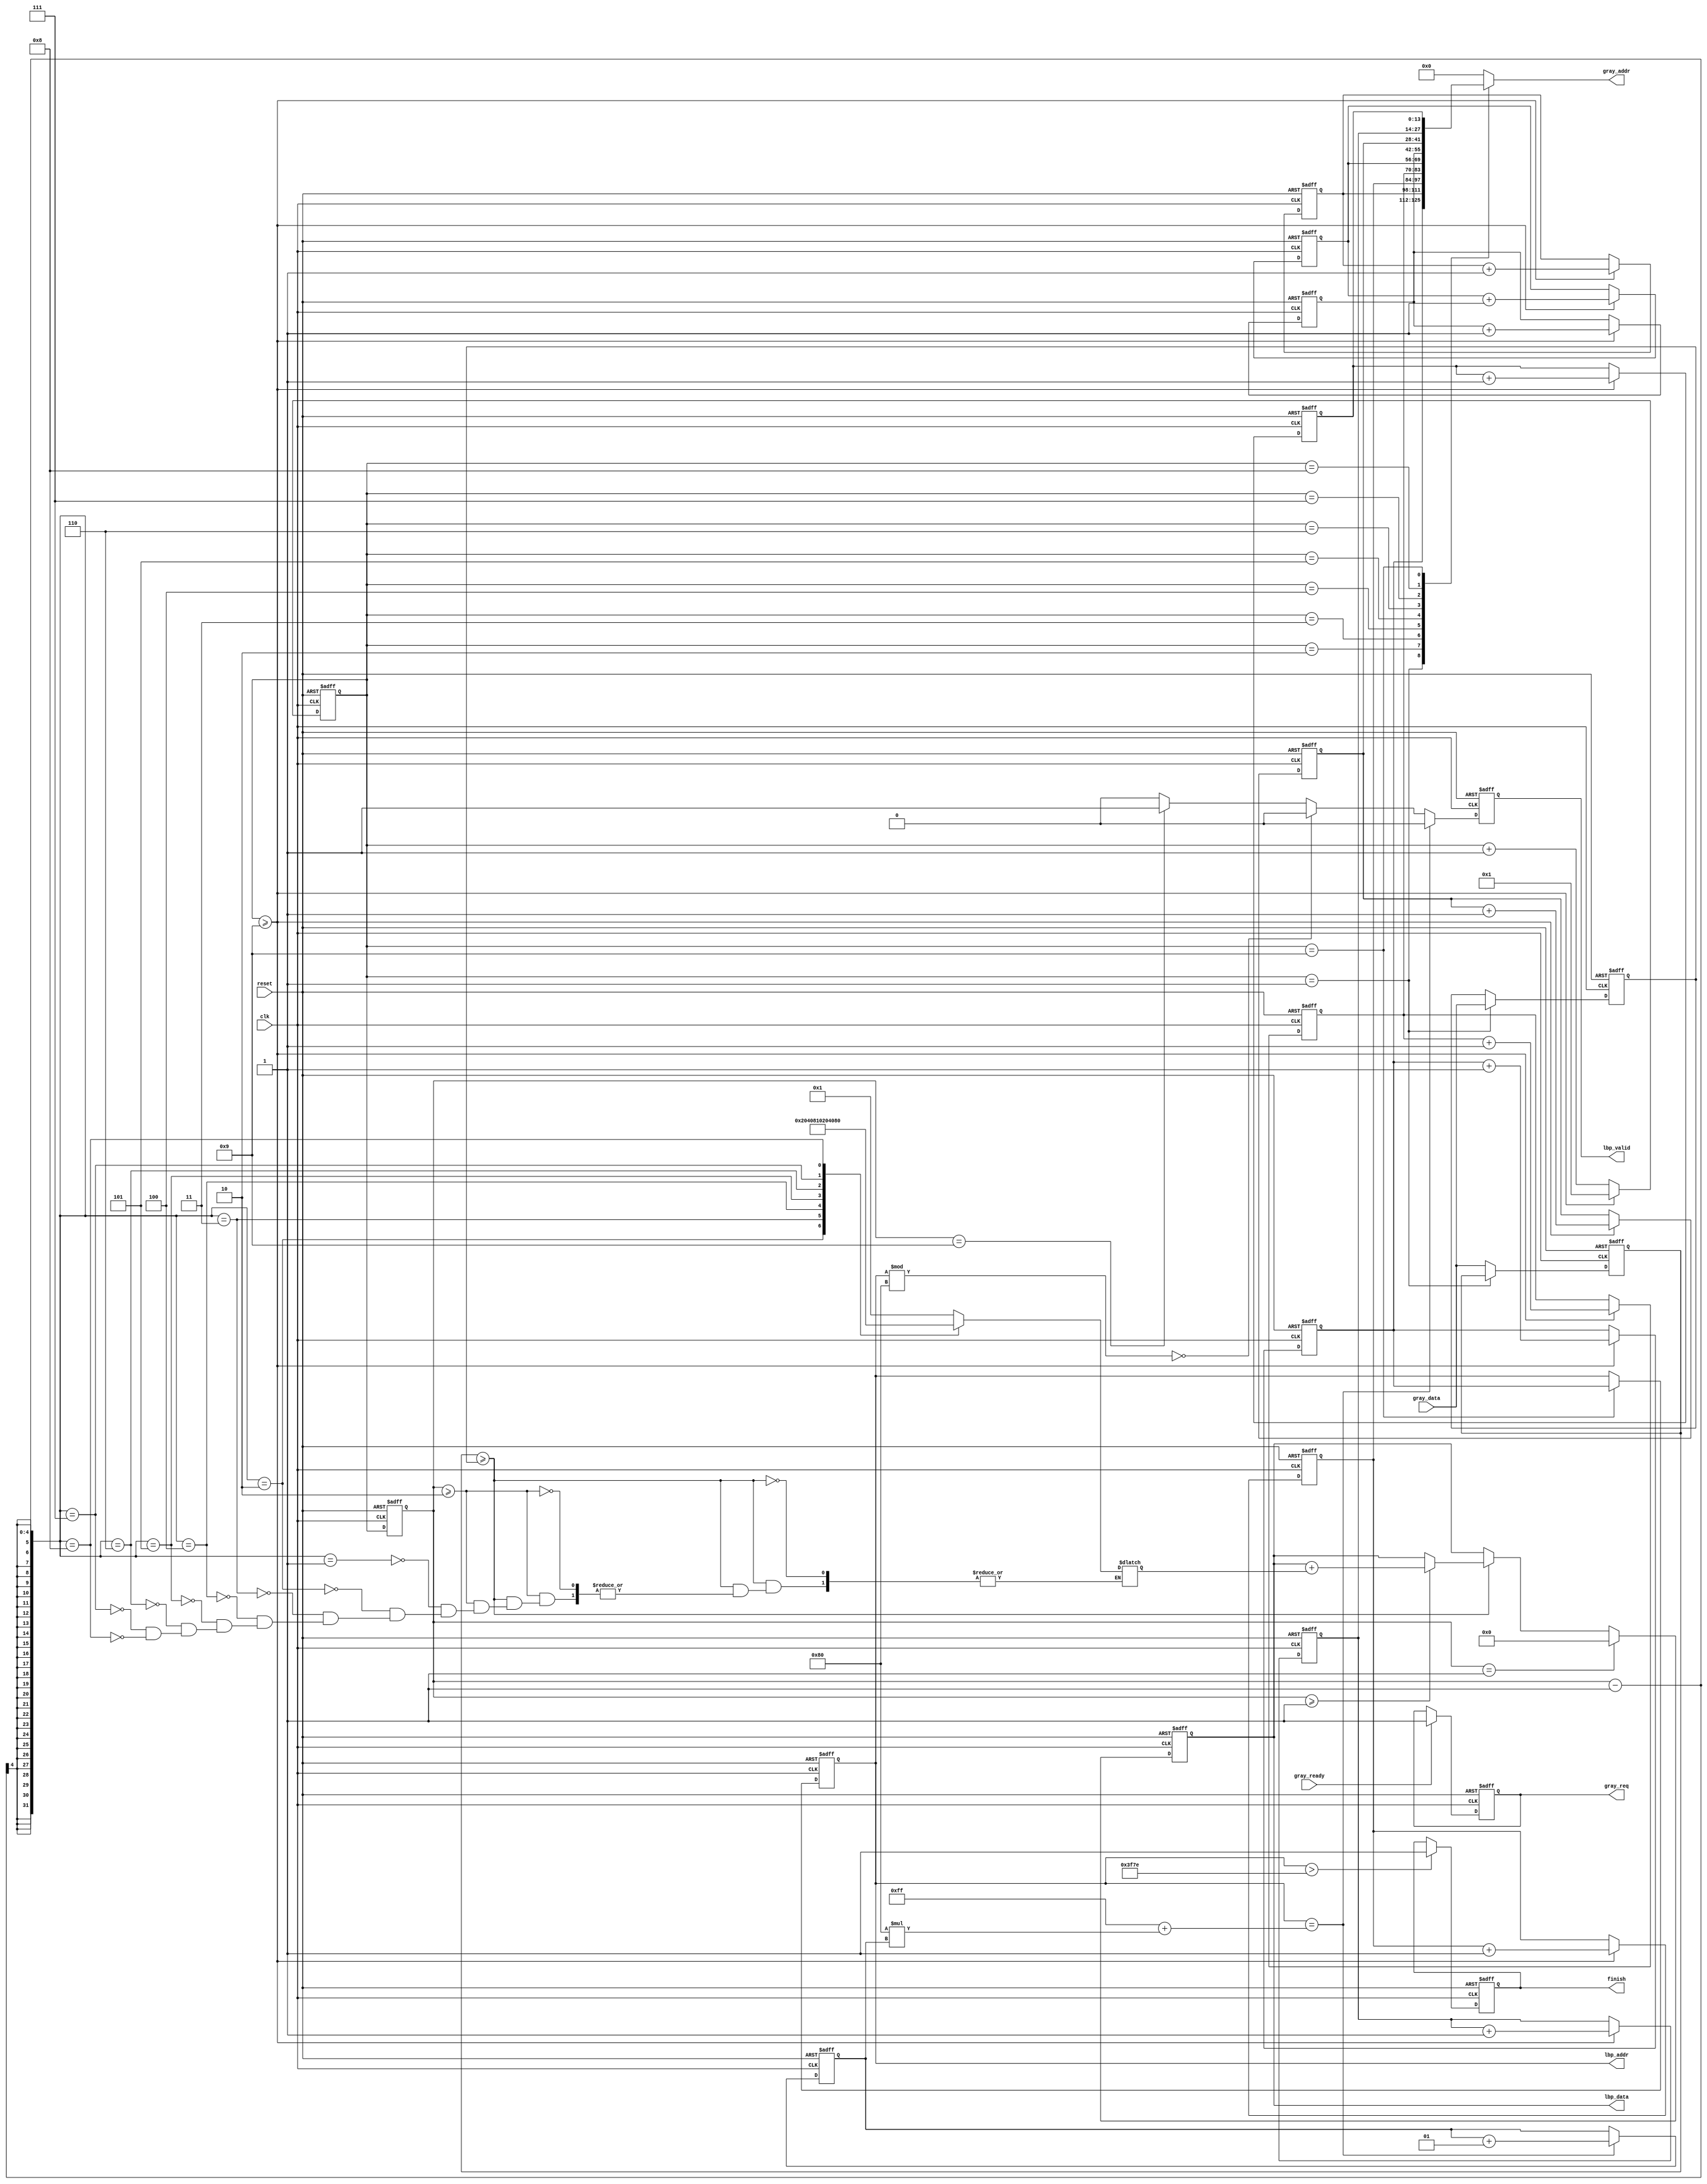

`timescale 1ns/10ps
module LBP ( clk, reset, gray_addr, gray_req, gray_ready, gray_data, lbp_addr, lbp_valid, lbp_data, finish);
input   	clk;
input   	reset;
output  [13:0] 	gray_addr;
output         	gray_req;
input   	gray_ready;
input   [7:0] 	gray_data;
output  [13:0] 	lbp_addr;
output  	lbp_valid;
output  [7:0] 	lbp_data;
output  	finish;
//====================================================================

reg gray_req, lbp_valid, finish;
reg [13:0] gray_addr, lbp_addr;
reg [3:0] counterG;
reg [3:0] counterS;
reg [7:0] sum, lbp_data, gc_data, gp_data;

reg [13:0] counter1;
reg [13:0] counter2;
reg [13:0] counter3;
reg [13:0] counter4;
reg [13:0] counter5;
reg [13:0] counter6;
reg [13:0] counter7;
reg [13:0] counter8;
reg [13:0] counter9;

always@(posedge clk or posedge reset) 
begin
	if(reset) 
	   gray_req <=0;
	else if (gray_ready) 
	   gray_req <=1;
	else 
	   gray_req <= gray_req;
end

always@(posedge clk or posedge reset) 
begin
	if(reset) 
	   counterG <=0;
	else if (counterG >=9)
	   counterG <= 1;
	else 
	   counterG <= counterG + 1;
end

always@(posedge clk or posedge reset) 
begin
	if(reset) 
	   counterS <=0;
	else 
	   counterS <= counterG;
end

always@(posedge clk or posedge reset) 
begin
	if(reset) 
	   counter1 <=129;
	else if(counterG >=9)
	   counter1 <= counter1 + 1;
	else 
	   counter1 <= counter1;
end

always@(posedge clk or posedge reset) 
begin
	if(reset) 
	   counter2 <=0;
	else if(counterG >=9)
	   counter2 <= counter2 + 1;
	else 
	   counter2 <= counter2;
end

always@(posedge clk or posedge reset) 
begin
	if(reset) 
	   counter3 <=1;
	else if(counterG >=9)
	   counter3 <= counter3 + 1;
	else 
	   counter3 <= counter3;
end

always@(posedge clk or posedge reset) 
begin
	if(reset) 
	   counter4 <=2;
	else if(counterG >=9)
	   counter4 <= counter4 + 1;
	else 
	   counter4 <= counter4;
end

always@(posedge clk or posedge reset) 
begin
	if(reset) 
	   counter5 <=128;
	else if(counterG >=9)
	   counter5 <= counter5 + 1;
	else 
	   counter5 <= counter5;
end

always@(posedge clk or posedge reset) 
begin
	if(reset) 
	   counter6 <=130;
	else if(counterG >=9)
	   counter6 <= counter6 + 1;
	else 
	   counter6 <= counter6;
end

always@(posedge clk or posedge reset) 
begin
	if(reset) 
	   counter7 <=256;
	else if(counterG >=9)
	   counter7 <= counter7 + 1;
	else 
	   counter7 <= counter7;
end

always@(posedge clk or posedge reset) 
begin
	if(reset) 
	   counter8 <=257;
	else if(counterG >=9)
	   counter8 <= counter8 + 1;
	else 
	   counter8 <= counter8;
end

always@(posedge clk or posedge reset) 
begin
	if(reset) 
	   counter9 <=258;
	else if(counterG >=9)
	   counter9 <= counter9 + 1;
	else 
	   counter9 <= counter9;
end

always@(*)
begin
	case (counterG) 
	4'b0001: gray_addr = counter1;
	4'b0010: gray_addr = counter2;
	4'b0011: gray_addr = counter3;
	4'b0100: gray_addr = counter4;
	4'b0101: gray_addr = counter5;
	4'b0110: gray_addr = counter6;
	4'b0111: gray_addr = counter7;
	4'b1000: gray_addr = counter8;
	4'b1001: gray_addr = counter9;
	default: gray_addr = 0;
	endcase
end

always@(posedge clk or posedge reset)
begin
	if (reset) begin
		gc_data <= 0;
		gp_data <= 0;
	end
	else if (counterG ==1) 
		gc_data <= gray_data;
	else	begin
		gp_data <= gray_data;
		gc_data <= gc_data;
	end
end

always@(*)
begin
	if (gp_data >= gc_data) begin
		if(counterS >=2) begin
		case (counterS-1)
		4'b0001: sum = 1;
		4'b0010: sum = 2;
		4'b0011: sum = 4;
		4'b0100: sum = 8;
		4'b0101: sum = 16;
		4'b0110: sum = 32;
		4'b0111: sum = 64;
		4'b1000: sum = 128;
		default: sum = sum;
		endcase
		end
	end
	else 
		sum = sum;
end

integer i;
always@(posedge clk or posedge reset)
begin
	if (reset) begin
		lbp_valid <= 0;
		i <= 0;
	end
	else if (lbp_addr == 255 + 128* i) begin
		lbp_valid <= 0;
		i <= i+1;
	end
	else if (lbp_addr % 128 == 0) 
		lbp_valid <= 0;
	else if (counterS ==9) 
		lbp_valid <= 1;
	else 
		lbp_valid <= 0;
end

always@(posedge clk or posedge reset)
begin
	if (reset) 
		lbp_data <= 0;
	else if (counterS ==1)
		lbp_data <= 0;
	else if (gp_data >= gc_data) begin
		if(counterS >=1) 
		lbp_data <= lbp_data + sum;
	end
	else
		lbp_data <= lbp_data;
end

always@(posedge clk or posedge reset)
begin
	if (reset) 
		lbp_addr <= 0;
	else if (counterG ==9)
		lbp_addr <= counter1;
	else 
		lbp_addr <= lbp_addr;
end

always@(posedge clk or posedge reset)
begin	   
	if (reset) 
		finish <=0;
	else if (lbp_addr >16254)
		finish <=1;
	else 
		finish <=finish;
end

endmodule